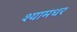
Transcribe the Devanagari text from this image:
श्यामधर